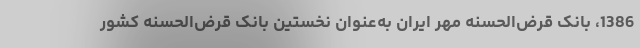
1386، بانک قرض‌الحسنه مهر ایران به‌عنوان نخستین بانک قرض‌الحسنه کشور